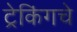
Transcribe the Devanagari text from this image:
ट्रेकिंगचे